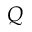
\boldsymbol { Q }